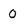
Character: 0